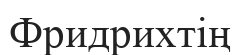
Фридрихтің